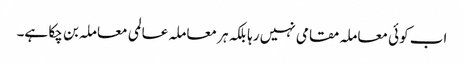
اب کوئی معاملہ مقامی نہیں رہا بلکہ ہر معاملہ عالمی معاملہ بن چکا ہے۔